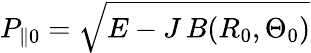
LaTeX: P_{\| 0}=\sqrt{E-J\, B(R_{0},\Theta_{0})}